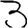
Digit: 3